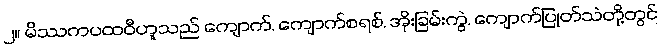
၂။ မိဿကပထဝီဟူသည် ကျောက်, ကျောက်စရစ်, အိုးခြမ်းကွဲ, ကျောက်ပြုတ်သဲတို့တွင်